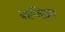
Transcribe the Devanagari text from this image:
बाप्तिज़्म